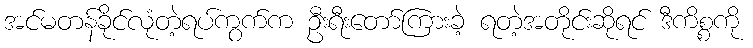
အင်မတန်ခိုင်လုံတဲ့ရပ်ကွက်က ဦးရီးတော်ကြားခဲ့ ရတဲ့အတိုင်းဆိုရင် ဒီကိစ္စကို